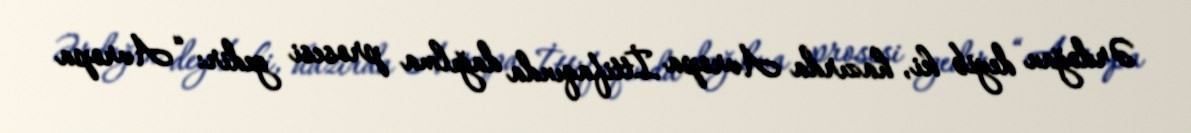
Ərdoğan deyib ki, hazırda Avropa İttifaqında dağılma prosesi gedir: “Avropa